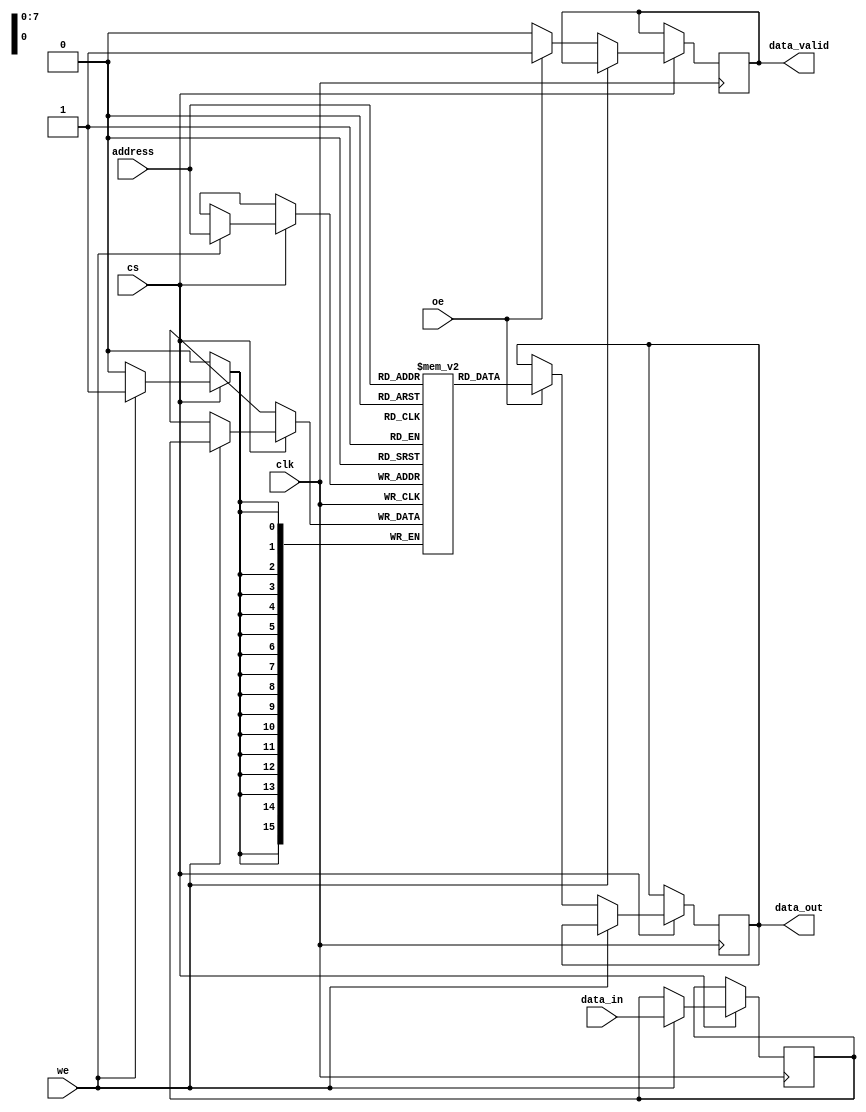
module DRAM_IO_Block (
    input wire clk,               // Clock signal
    input wire cs,                // Chip Select
    input wire we,                // Write Enable
    input wire oe,                // Output Enable
    input wire [7:0] address,     // Address bus (8 bits for simplicity)
    input wire [15:0] data_in,    // Data input bus (16 bits)
    output reg [15:0] data_out,    // Data output bus (16 bits)
    output reg data_valid         // Data valid signal
);

    // Memory array (for example, 256 x 16 bits)
    reg [15:0] memory_array [0:255];

    // Internal signals
    reg [15:0] data_buffer;       // Input buffer
    reg read_operation;           // Read operation flag

    // Address decoder (simple example)
    wire [7:0] decoded_address = address;

    always @(posedge clk) begin
        if (cs) begin
            if (we) begin
                // Write operation
                data_buffer <= data_in; // Latch incoming data
                memory_array[decoded_address] <= data_buffer; // Write to memory
            end else if (oe) begin
                // Read operation
                data_out <= memory_array[decoded_address]; // Read from memory
                data_valid <= 1'b1; // Assert data valid
            end else begin
                data_valid <= 1'b0; // Deassert data valid if not reading
            end
        end
    end

    // Initialization
    initial begin
        data_valid = 1'b0; // Initialize data valid to low
    end

endmodule